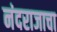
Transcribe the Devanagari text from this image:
नंदराजाचा